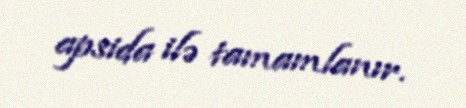
apsida ilə tamamlanır.